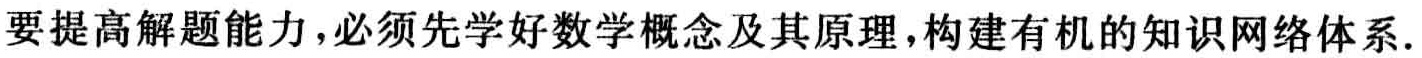
要提高解题能力，必须先学好数学概念及其原理，构建有机的知识网络体系.